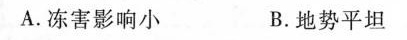
A.冻害影响小 B.地势平坦